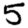
Digit: 5